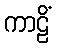
ကာဠိံ